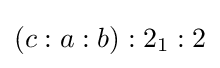
(c:a:b):2_{1}:2